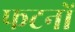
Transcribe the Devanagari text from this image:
फटनों